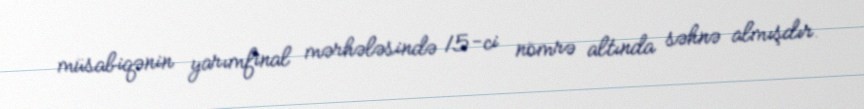
müsabiqənin yarımfinal mərhələsində 15-ci nömrə altında səhnə almışdır.